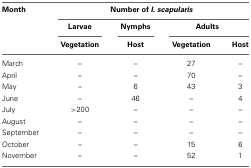
<table><thead><tr><td><b>Month</b></td><td colspan="4"><b>Number of <i>I. scapularis</i></b></td></tr><tr><td></td><td><b>Larvae</b></td><td><b>Nymphs</b></td><td colspan="2"><b>Adults</b></td></tr><tr><td></td><td><b>Vegetation</b></td><td><b>Host</b></td><td><b>Vegetation</b></td><td><b>Host</b></td></tr></thead><tbody><tr><td>March</td><td>–</td><td>–</td><td>27</td><td>–</td></tr><tr><td>April</td><td>–</td><td>–</td><td>70</td><td>–</td></tr><tr><td>May</td><td>–</td><td>6</td><td>43</td><td>3</td></tr><tr><td>June</td><td>–</td><td>46</td><td>–</td><td>4</td></tr><tr><td>July</td><td>&gt;200</td><td>–</td><td>–</td><td>–</td></tr><tr><td>August</td><td>–</td><td>–</td><td>–</td><td>–</td></tr><tr><td>September</td><td>–</td><td>–</td><td>–</td><td>–</td></tr><tr><td>October</td><td>–</td><td>–</td><td>15</td><td>6</td></tr><tr><td>November</td><td>–</td><td>–</td><td>52</td><td>1</td></tr></tbody></table>